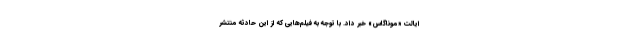
ایالت «موناگاس» خبر داد. با توجه به فیلم‌هایی که از این حادثه منتشر